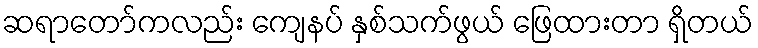
ဆရာတော်ကလည်း ကျေနပ် နှစ်သက်ဖွယ် ဖြေထားတာ ရှိတယ်